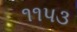
૧૧પ૩